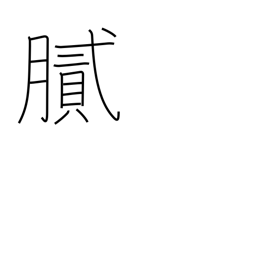
Meaning: oily